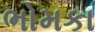
ભોમકા